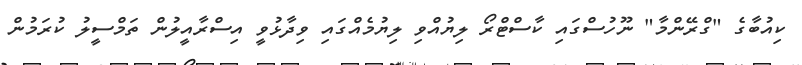
ކިއުބާގެ "ގްރޭންމާ" ނޫހުސްގައި ކާސްޓްރޯ ލިޔުއްވި ލިޔުމެއްގައި ވިދާޅުވީ އިސްރާއީލުން ތަމްސީލު ކުރަމުން